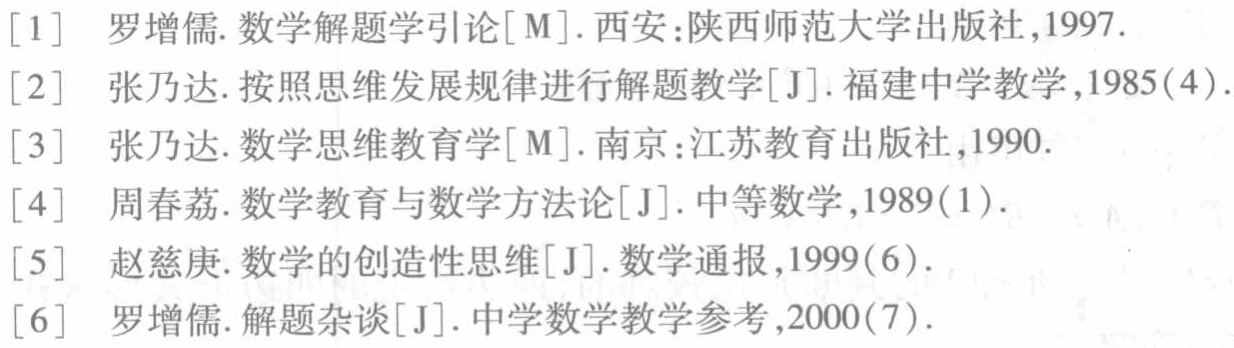
\begin{enumerate}
\item 罗增儒. 数学解题学引论[M]. 西安:陕西师范大学出版社,1997.
\item 张乃达. 按照思维发展规律进行解题教学[J]. 福建中学教学,1985(4).
\item 张乃达. 数学思维教育学[M]. 南京:江苏教育出版社,1990.
\item 周春荔. 数学教育与数学方法论[J]. 中等数学,1989(1).
\item 赵慈庚. 数学的创造性思维[J]. 数学通报,1999(6).
\item 罗增儒. 解题杂谈[J]. 中学数学教学参考,2000(7).
\end{enumerate}